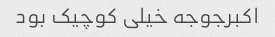
اکبرجوجه خیلی کوچیک بود